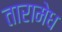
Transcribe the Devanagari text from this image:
तारामेध